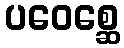
ပဝေစ္ဆေ